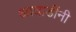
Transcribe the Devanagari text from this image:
आघाडींनी